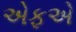
એફએ